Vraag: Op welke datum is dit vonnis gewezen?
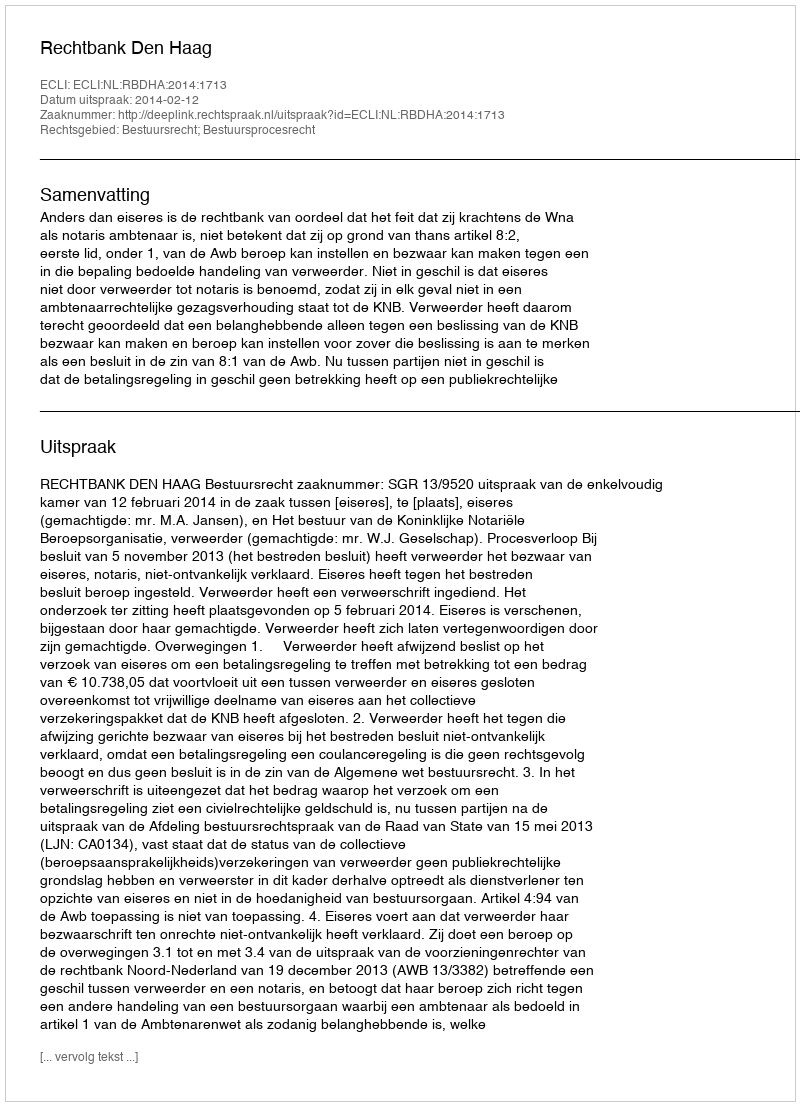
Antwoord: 2014-02-12